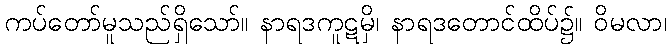
ကပ်တော်မူသည်ရှိသော်။ နာရဒကူဋမှိ၊ နာရဒတောင်ထိပ်၌။ ဝိမလာ၊